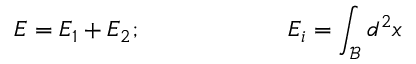
E = E _ { 1 } + E _ { 2 } ; \ \ \ \ \ \ \ \ \ \ \ \ \ \ \ \ \ \ E _ { i } = \int _ { \mathcal { B } } d ^ { 2 } x